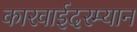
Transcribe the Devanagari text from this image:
कारवाईदरम्यान